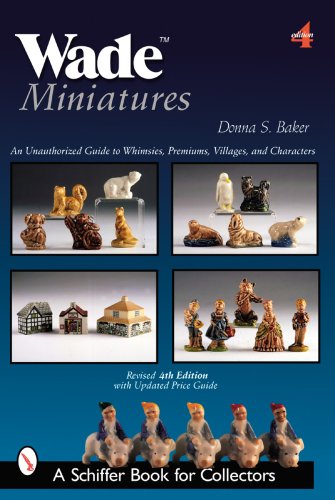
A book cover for Wade Miniatures: An Unauthorized Guide to Whimsies, Premiums, Villages, and Characters (Schiffer Book for Collectors); Donna S. Baker; Crafts, Hobbies & Home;